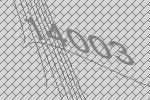
14003